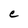
Character: e